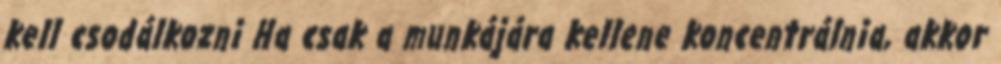
kell csodálkozni Ha csak a munkájára kellene koncentrálnia, akkor